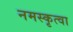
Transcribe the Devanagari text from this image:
नमस्कृत्वा